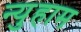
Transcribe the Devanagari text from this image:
न्युहाम